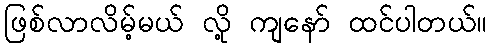
ဖြစ်လာလိမ့်မယ် လို့ ကျနော် ထင်ပါတယ်။